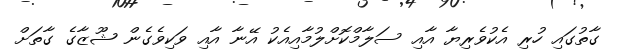
ގާތުގައި ހުރި އެކުވެރިޔާ އާއި ސަލާމްކޮށްލުމާއިއެކު އޭނާ އާއި ވަކިވެގެން ޝޫޒާގެ ގާތަށް